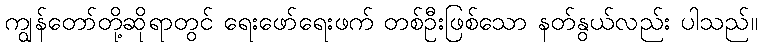
ကျွန်တော်တို့ဆိုရာတွင် ရေးဖော်ရေးဖက် တစ်ဦးဖြစ်သော နတ်နွယ်လည်း ပါသည်။